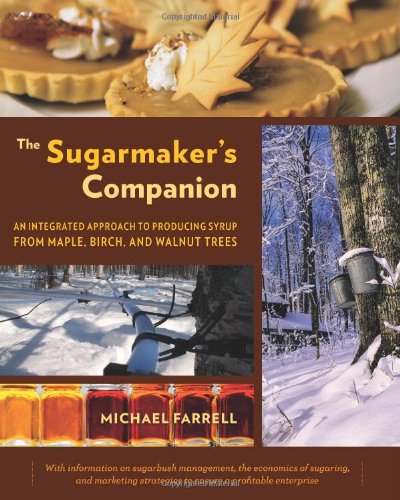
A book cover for The Sugarmaker's Companion: An Integrated Approach to Producing Syrup from Maple, Birch, and Walnut Trees; Michael Farrell; Science & Math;